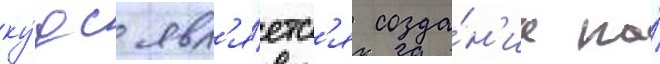
ку́дс явл'я́етс'я созда́н'ие на́